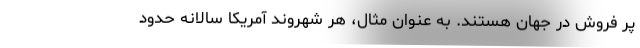
پر فروش در جهان هستند. به عنوان مثال، هر شهروند آمریکا سالانه حدود